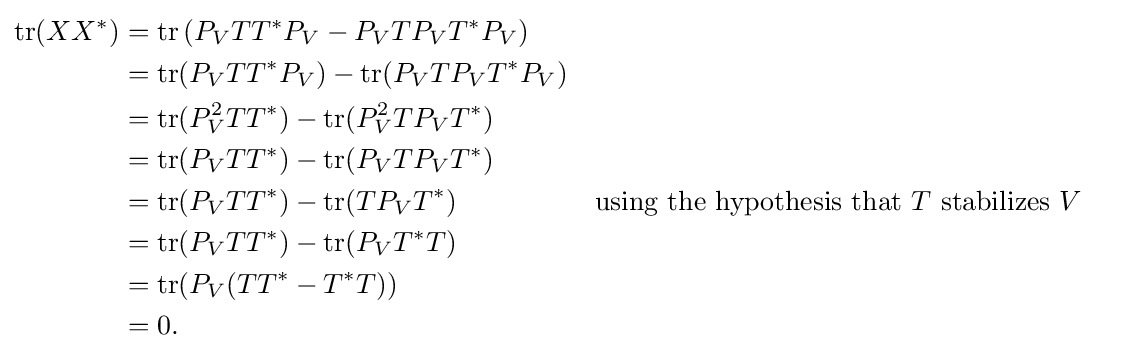
{\begin{aligned}\operatorname {tr} (XX^{*})&=\operatorname {tr} \left(P_{V}TT^{*}P_{V}-P_{V}TP_{V}T^{*}P_{V}\right)\\&=\operatorname {tr} (P_{V}TT^{*}P_{V})-\operatorname {tr} (P_{V}TP_{V}T^{*}P_{V})\\&=\operatorname {tr} (P_{V}^{2}TT^{*})-\operatorname {tr} (P_{V}^{2}TP_{V}T^{*})\\&=\operatorname {tr} (P_{V}TT^{*})-\operatorname {tr} (P_{V}TP_{V}T^{*})\\&=\operatorname {tr} (P_{V}TT^{*})-\operatorname {tr} (TP_{V}T^{*})&&{\text{using the hypothesis that }}T{\text{ stabilizes }}V\\&=\operatorname {tr} (P_{V}TT^{*})-\operatorname {tr} (P_{V}T^{*}T)\\&=\operatorname {tr} (P_{V}(TT^{*}-T^{*}T))\\&=0.\end{aligned}}